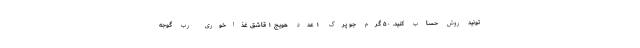
‌تونید روش حساب کنید. ۵۰ گرم جو پرک ۱ عدد هویج ۱ قاشق غذاخوری رب گوجه